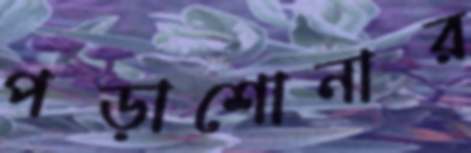
পড়াশোনার